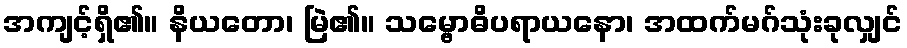
အကျင့်ရှိ၏။ နိယတော၊ မြဲ၏။ သမ္ဗောဓိပရာယနော၊ အထက်မဂ်သုံးခုလျှင်